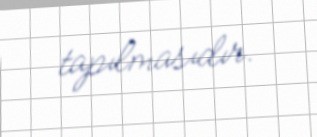
tapılmasıdır.